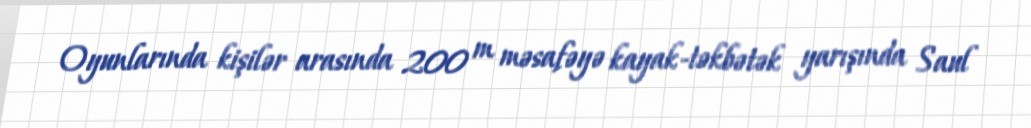
Oyunlarında kişilər arasında 200 m məsafəyə kayak-təkbətək yarışında Saul